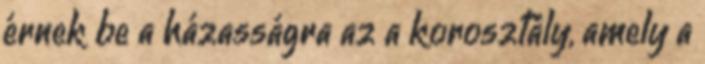
érnek be a házasságra az a korosztály, amely a